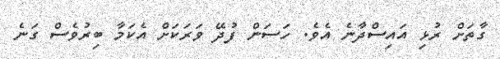
ގާތަށް ރުޅި އައިސްދާނެ އެވެ. ހަސަން ފުދޭ ވަރަކަށް އެކަމާ ބިރުވެސް ގަނެ